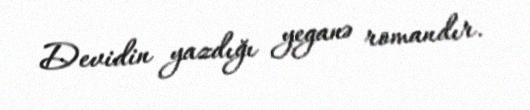
Devidin yazdığı yeganə romandır.